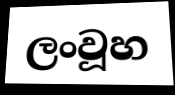
ලංවූහ